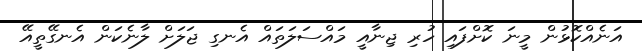
އަނެއްކޮޅުން މީނަ ކޮށްފައި ހުރި ޖިނާއީ މައްސަލަތައް އެނގި ޖަލަށް ލާނެކަން އެނގޭތީއޭ